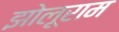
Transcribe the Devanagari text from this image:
झोलूराम